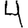
Digit: 4